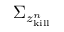
\Sigma _ { z _ { \mathrm { k i l l } } ^ { n } }